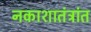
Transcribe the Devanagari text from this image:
नकाशातंत्रांत